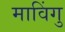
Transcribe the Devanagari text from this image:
माविंगु